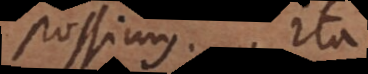
possimus. Ita